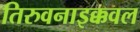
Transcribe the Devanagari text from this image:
तिरुवनाइक्कवल